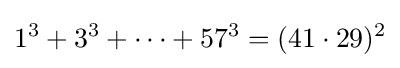
1^{3}+3^{3}+\dots +57^{3}=(41\cdot 29)^{2}